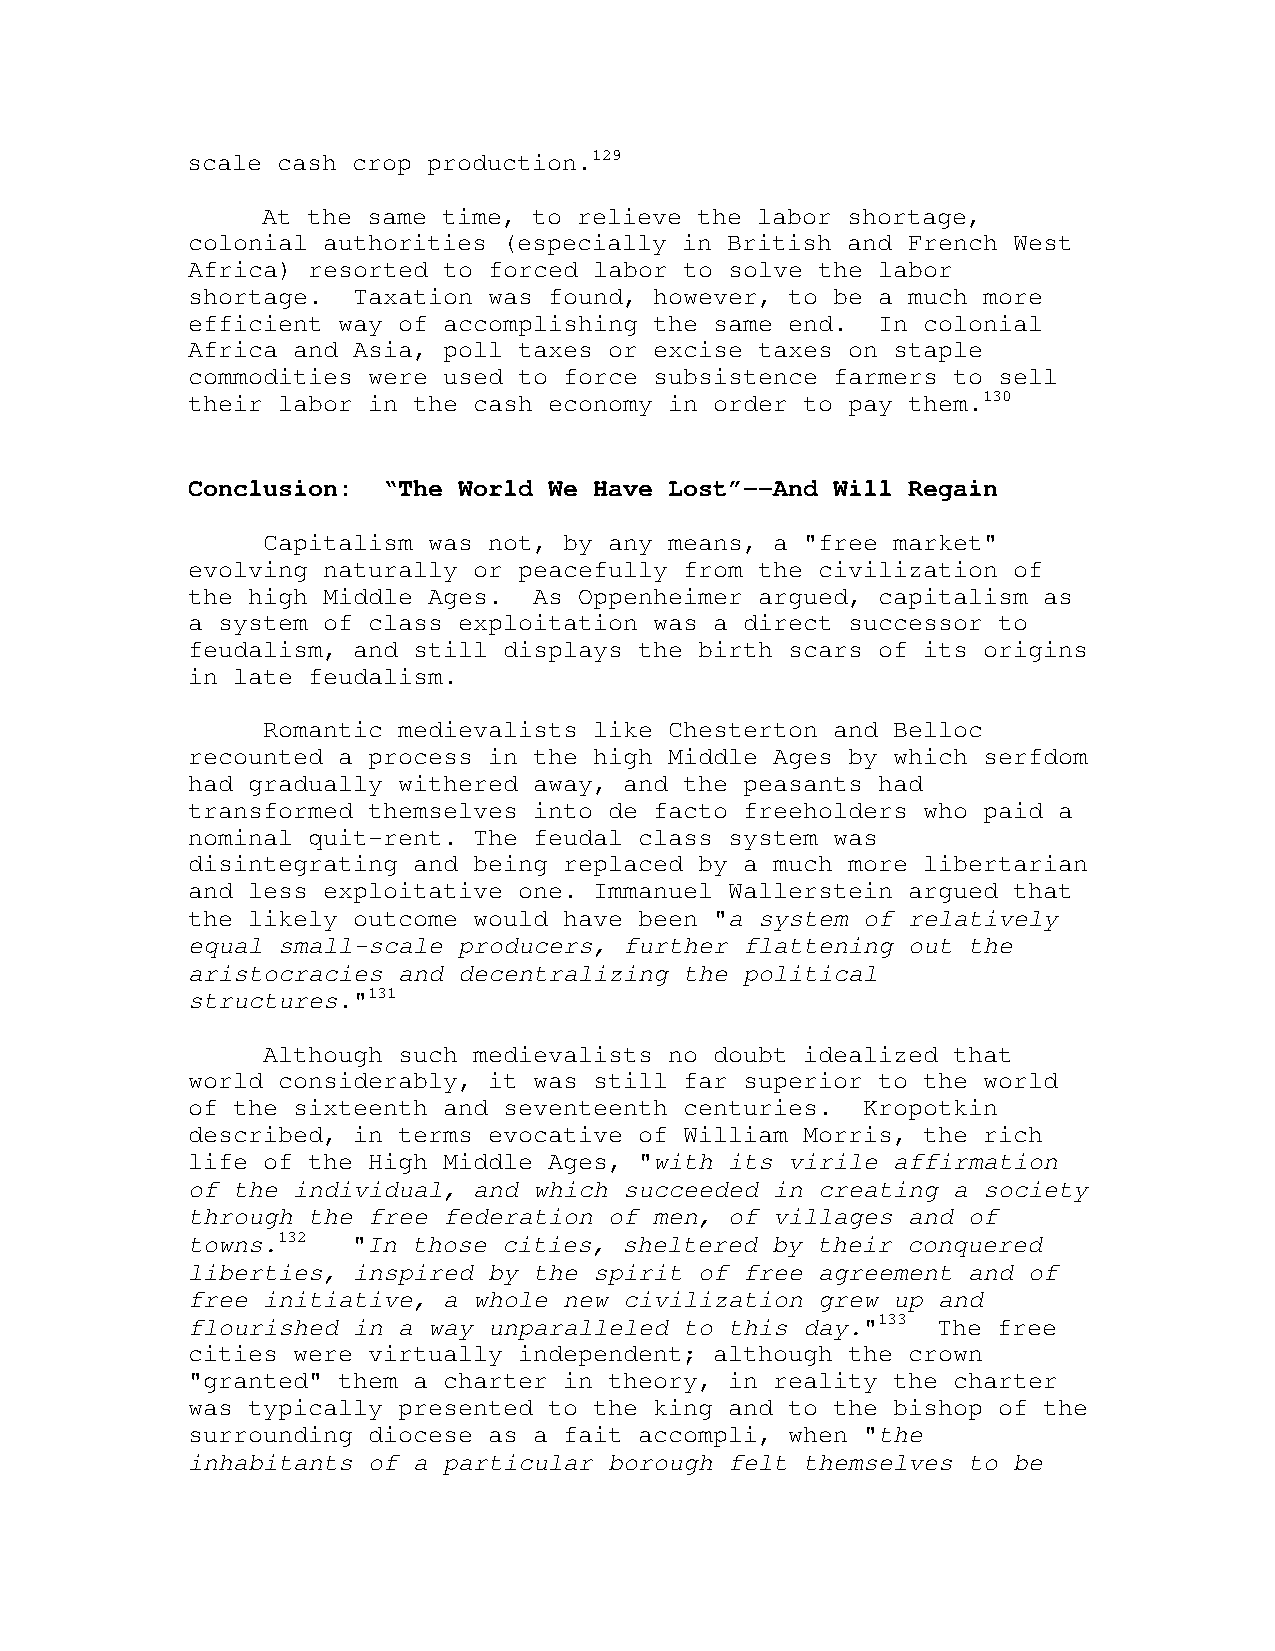
scale cash crop production.129
 At the same time, to relieve the labor shortage,
 colonial authorities (especially in British and French West
 Africa) resorted to forced labor to solve the labor
 shortage.  Taxation was found, however, to be a much more
 efficient way of accomplishing the same end.  In colonial
 Africa and Asia, poll taxes or excise taxes on staple
 commodities were used to force subsistence farmers to sell
 their labor in the cash economy in order to pay them.130
 Conclusion:  “The World We Have Lost”--And Will Regain
 Capitalism was not, by any means, a "free market"
 evolving naturally or peacefully from the civilization of
 the high Middle Ages.  As Oppenheimer argued, capitalism as
 a system of class exploitation was a direct successor to
 feudalism, and still displays the birth scars of its origins
 in late feudalism.
 Romantic medievalists like Chesterton and Belloc
 recounted a process in the high Middle Ages by which serfdom
 had gradually withered away, and the peasants had
 transformed themselves into de facto freeholders who paid a
 nominal quit-rent. The feudal class system was
 disintegrating and being replaced by a much more libertarian
 and less exploitative one. Immanuel Wallerstein argued that
 the likely outcome would have been "a system of relatively
 equal small-scale producers, further flattening out the
 aristocracies and decentralizing the political
 structures."131
 Although such medievalists no doubt idealized that
 world considerably, it was still far superior to the world
 of the sixteenth and seventeenth centuries.  Kropotkin
 described, in terms evocative of William Morris, the rich
 life of the High Middle Ages, "with its virile affirmation
 of the individual, and which succeeded in creating a society
 through the free federation of men, of villages and of
 towns.132  "In those cities, sheltered by their conquered
 liberties, inspired by the spirit of free agreement and of
 free initiative, a whole new civilization grew up and
 flourished in a way unparalleled to this day."133 The free
 cities were virtually independent; although the crown
 "granted" them a charter in theory, in reality the charter
 was typically presented to the king and to the bishop of the
 surrounding diocese as a fait accompli, when "the
 inhabitants of a particular borough felt themselves to be